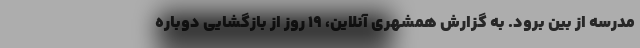
مدرسه از بین برود. به گزارش همشهری ‌آنلاین، ۱۹ روز از بازگشایی دوباره